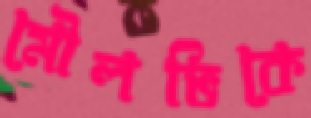
মৌলভিকে